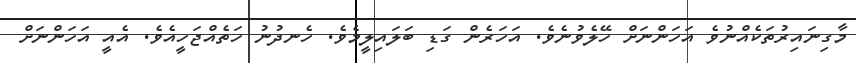
މާގިނައިރުތަކެއްނުވެ އަހަންނަށް ހޭލެވުނެވެ. އަހަރެން ގަޑި ބަލައިލީމެވެ. ހެނދުނު ހަތެއްޖަހީއެވެ. އެއީ އަހަންނަށް